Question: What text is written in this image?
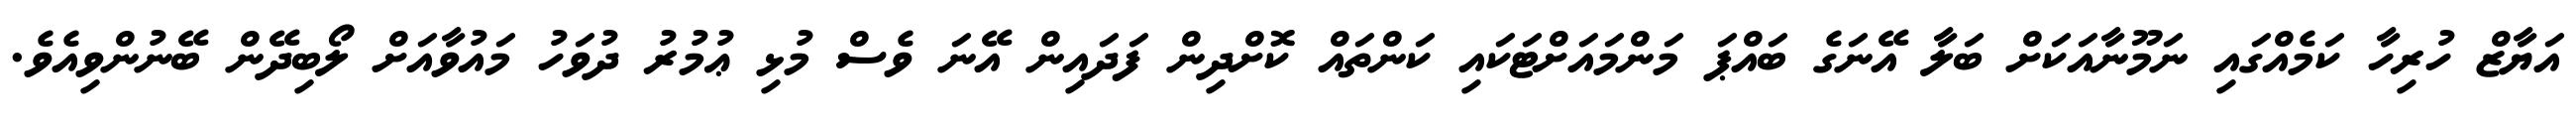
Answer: އަޔާޒް ހުރިހާ ކަމެއްގައި ނަމޫނާއަކަށް ބަލާ އޭނަގެ ބައްޕަ މަންމައަށްޓަކައި ކަންތައް ކޮށްދިން ފަދައިން އޭނަ ވެސް މުޅި ޢުމުރު ދުވަހު މައުވާއަށް ލޯބިދޭން ބޭނުންވިއެވެ.